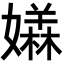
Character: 𡢥